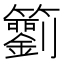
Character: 𥷢